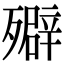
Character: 㱸